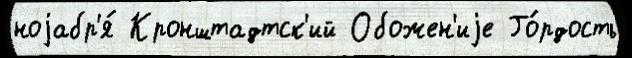
ноjабр'я́ Кронштадтск'ий Обожен'иjе Го́рдость